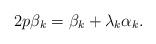
LaTeX: \begin{align*} 2p\beta_k = \beta_k + \lambda_k \alpha_k.\end{align*}